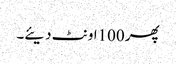
پھر 100اونٹ دیئے۔